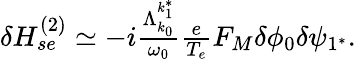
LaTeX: \begin{array}{r}{\delta H_{se}^{(2)}\simeq-i\frac{\Lambda_{k_{0}}^{k_{1}^{*}}}{\omega_{0}}\frac{e}{T_{e}}F_{M}\delta\phi_{0}\delta\psi_{1^{*}}.}\end{array}